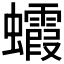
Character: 𧕖